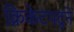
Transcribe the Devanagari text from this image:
क्रिकेटपटूने